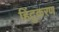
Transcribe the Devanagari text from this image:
हिंदुकरण